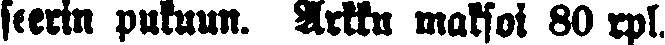
seerin pukuun. Arkku maksoi 80 rpl.